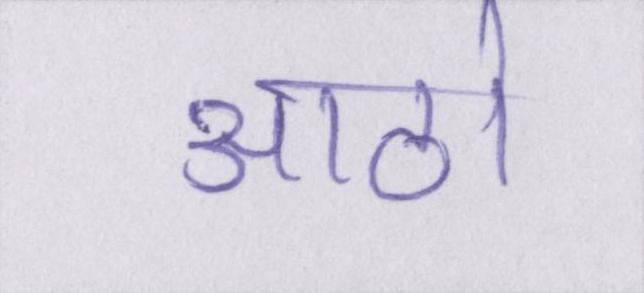
आठो